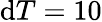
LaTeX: \mathrm{d}T=10